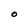
Character: O